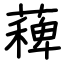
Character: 薭